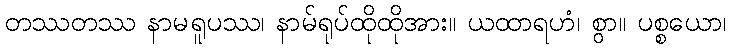
တဿတဿ နာမရူပဿ၊ နာမ်ရုပ်ထိုထိုအား။ ယထာရဟံ၊ စွာ။ ပစ္စယော၊